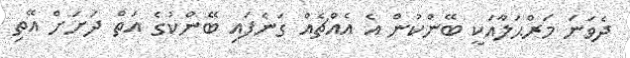
ދެވަނަ މަރްޙަލާއަކީ ބޭންކުން އެ އެއްޗެއް ގަނެފައި ބޭންކުގެ އަތް ދަށަށް އޭތި